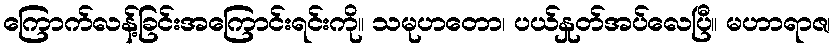
ကြောက်လန့်ခြင်းအကြောင်းရင်းကို။ သမုဟတော၊ ပယ်နှုတ်အပ်လေပြီ။ မဟာရာဇ၊